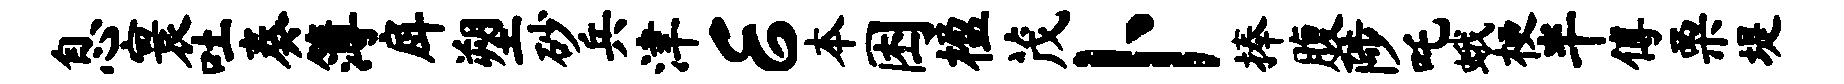
息寰吐奏簿戽塑砂兵津E本困楹茂卜捧腹陟吒蛾梗半傅栗堤